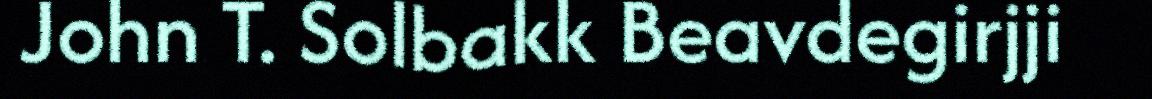
John T. Solbakk Beavdegirjji